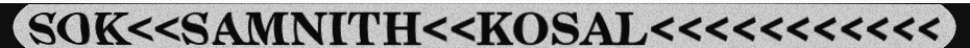
SOK<<SAMNITH<<KOSAL<<<<<<<<<<<